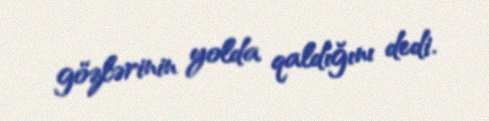
gözlərinin yolda qaldığını dedi.